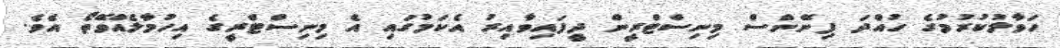
ހަވާލުކުރުމުގެ ހުއްދަ ފިނޭންސް މިނިސްޓްރީން ދީފައިވާއިރު އެކަމުގައި އެ މިނިސްޓްރީގެ އިހުމާލެއްވޭތޯ އެވެ.